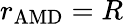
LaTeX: r_{\mathrm{AMD}}=R